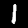
Digit: 1